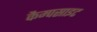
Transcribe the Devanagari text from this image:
कैम्पसाइट